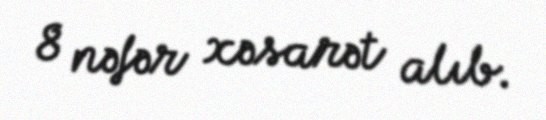
8 nəfər xəsarət alıb.